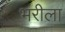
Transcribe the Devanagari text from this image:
भरीला